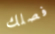
فصلك